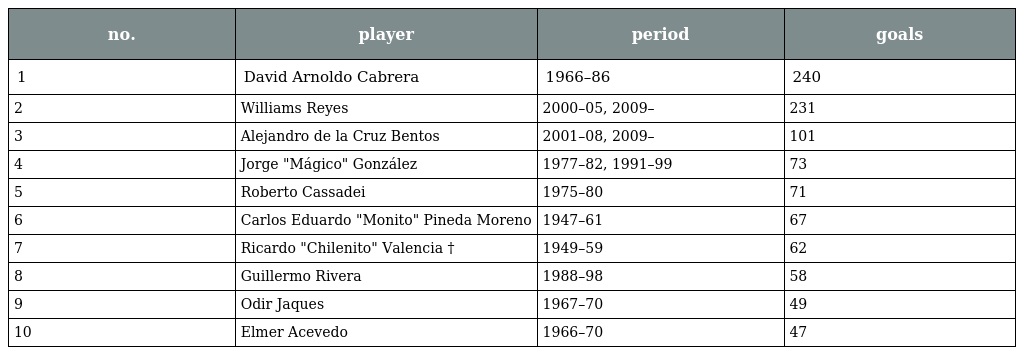
| no. | player | period | goals |
 | --- | --- | --- | --- |
 | 1 | David Arnoldo Cabrera | 1966–86 | 240 |
 | 2 | Williams Reyes | 2000–05, 2009– | 231 |
 | 3 | Alejandro de la Cruz Bentos | 2001–08, 2009– | 101 |
 | 4 | Jorge "Mágico" González | 1977–82, 1991–99 | 73 |
 | 5 | Roberto Cassadei | 1975–80 | 71 |
 | 6 | Carlos Eduardo "Monito" Pineda Moreno | 1947–61 | 67 |
 | 7 | Ricardo "Chilenito" Valencia † | 1949–59 | 62 |
 | 8 | Guillermo Rivera | 1988–98 | 58 |
 | 9 | Odir Jaques | 1967–70 | 49 |
 | 10 | Elmer Acevedo | 1966–70 | 47 |